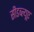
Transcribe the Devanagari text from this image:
सीडब्ल्यूए